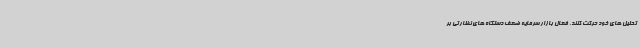
تحلیل های خود حرکت کنند. فعال بازار سرمایه ضعف دستگاه های نظارتی بر